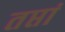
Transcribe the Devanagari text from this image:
तप्तां